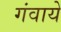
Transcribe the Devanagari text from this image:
गंवाये